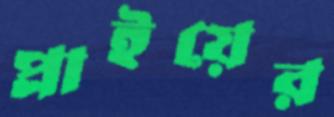
প্লাইয়ের